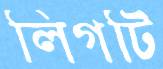
লিগটি